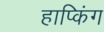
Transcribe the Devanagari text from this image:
हाप्किंग